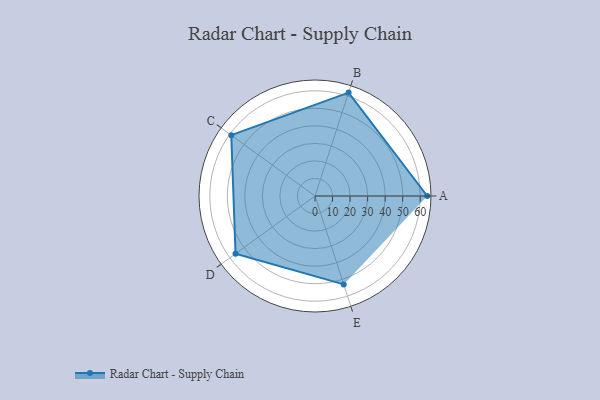
{"axis": {"x": "Skill", "y": "Score"}, "legend": ["Profile"], "data": [{"x": "A", "y": 64.0, "type": "Profile"}, {"x": "B", "y": 62.0, "type": "Profile"}, {"x": "C", "y": 59.0, "type": "Profile"}, {"x": "D", "y": 56.0, "type": "Profile"}, {"x": "E", "y": 53.0, "type": "Profile"}]}